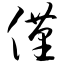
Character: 仅